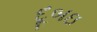
દૂબઇ